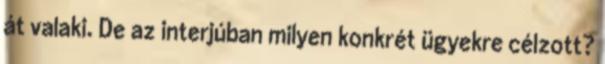
át valaki. De az interjúban milyen konkrét ügyekre célzott?